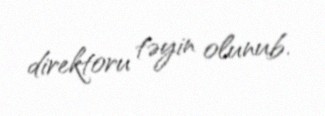
direktoru təyin olunub.